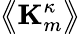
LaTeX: \bigl\langle\! \! \bigl\langle\mathbf{K}_{m}^{\kappa}\bigr\rangle\! \! \bigr\rangle